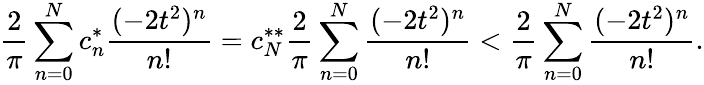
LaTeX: \frac 2\pi\sum_{n=0}^{N}c_{n}^{*}\frac{(-2t^{2})^{n}}{n!}=c_{N}^{**}\frac 2\pi\sum_{n=0}^{N}\frac{(-2t^{2})^{n}}{n!}<\frac 2\pi\sum_{n=0}^{N}\frac{(-2t^{2})^{n}}{n!}.